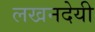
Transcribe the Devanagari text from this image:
लखनदेयी